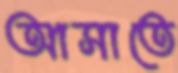
আসাতে